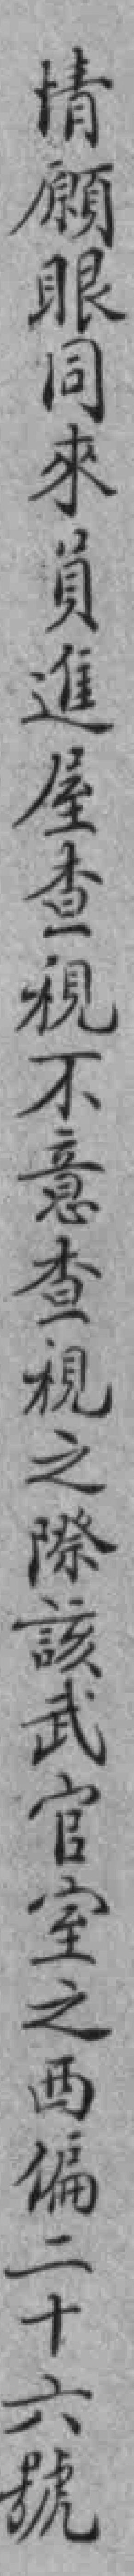
情願眼同來員進屋查視不意查視之際該武官室之西偏二十六號